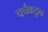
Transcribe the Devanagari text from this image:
चर्चकडून